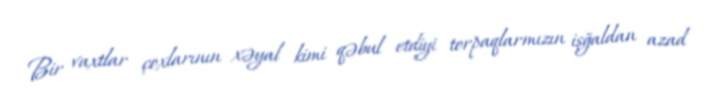
Bir vaxtlar çoxlarının xəyal kimi qəbul etdiyi torpaqlarmızın işğaldan azad